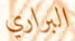
البراري